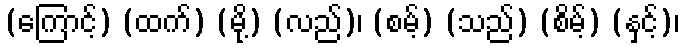
(ကြောင့်) (ထက်) (မို့) (လည်)၊ (စမ့်) (သည်) (စိမ့်) (နှင့်)၊